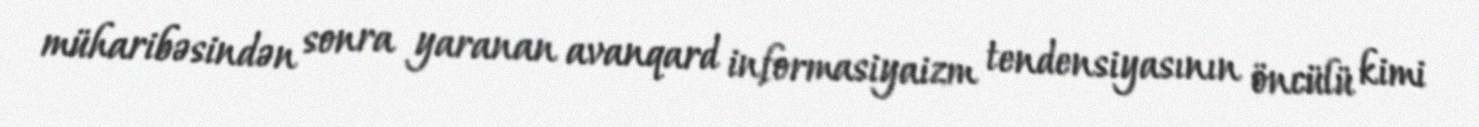
müharibəsindən sonra yaranan avanqard informasiyaizm tendensiyasının öncülü kimi